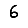
Digit: 6